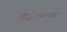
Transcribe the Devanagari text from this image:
गॅजेट्सचा